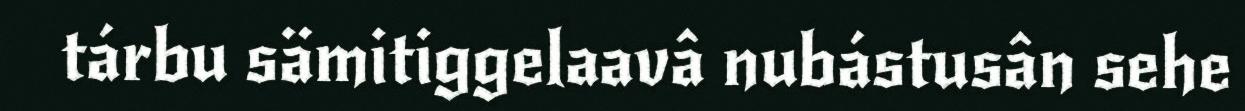
tárbu sämitiggelaavâ nubástusân sehe